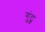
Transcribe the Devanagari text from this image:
गुंट्ज